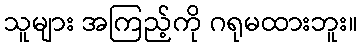
သူများ အကြည့်ကို ဂရုမထားဘူး။